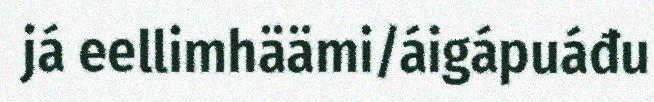
já eellimhäämi/áigápuáđu